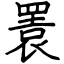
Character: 瞏